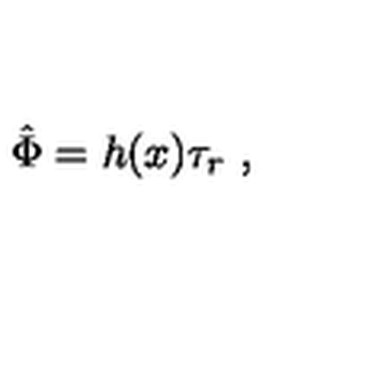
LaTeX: \hat { \Phi } = h ( x ) \tau _ { r } \ ,